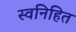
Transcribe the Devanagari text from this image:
स्वनिहित